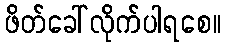
ဖိတ်ခေါ်လိုက်ပါရစေ။